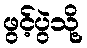
ဖွင့်ပွဲသို့